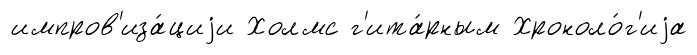
импров'иза́циjи Холмс г'ита́рным Хроноло́г'иjа